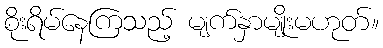
စိုးရိမ်နေကြသည့် မျက်နှာမျိုးမဟုတ်။